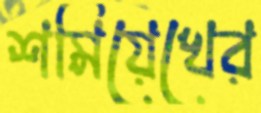
শমিয়েখের